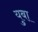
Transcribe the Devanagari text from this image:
युबा